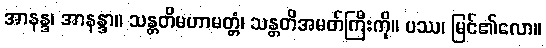
အာနန္ဒ၊ အာနန္ဒာ။ သန္တတိမဟာမတ္တံ၊ သန္တတိအမတ်ကြီးကို။ ပဿ၊ မြင်၏လော။